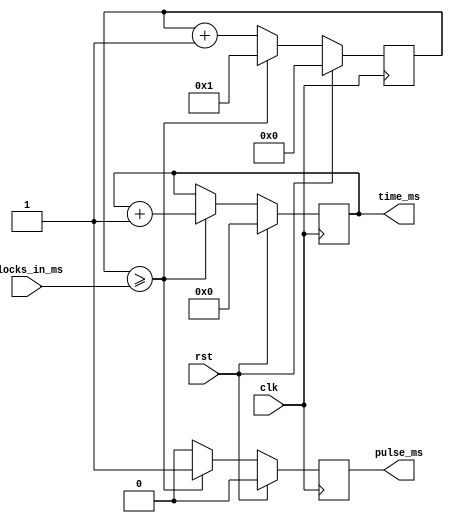
`timescale 1ns / 1ps

module counter_ms
(
    input clk,
    input rst,
    input [17:0] clocks_in_ms,
    output reg [31:0] time_ms,
    output reg pulse_ms
);

    reg [17:0] cnt_ms;
    
    always @(posedge clk)
        if(rst)
            begin
                cnt_ms <= 0;
                time_ms <= 0;
                pulse_ms <= 0;
            end
        else
            if(cnt_ms >= clocks_in_ms)
                begin
                    cnt_ms <= 1;
                    time_ms <= time_ms + 1;
                    pulse_ms <= 1;
                end
            else
                begin
                    cnt_ms <= cnt_ms + 1;
                    pulse_ms <= 0;
                end

endmodule